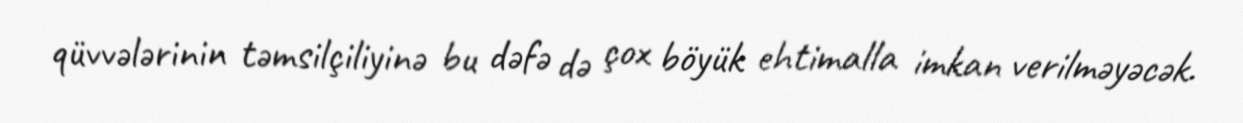
qüvvələrinin təmsilçiliyinə bu dəfə də çox böyük ehtimalla imkan verilməyəcək.